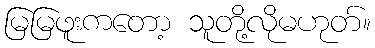
မြမြဖူးကတော့ သူတို့လိုမဟုတ်။